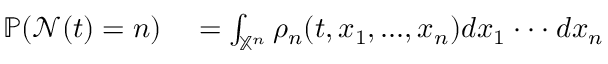
\begin{array} { r l } { \mathbb { P } ( \mathcal { N } ( t ) = n ) } & { { } = \int _ { \mathbb { X } ^ { n } } \rho _ { n } ( t , x _ { 1 } , . . . , x _ { n } ) d x _ { 1 } \cdot \cdot \cdot d x _ { n } } \end{array}